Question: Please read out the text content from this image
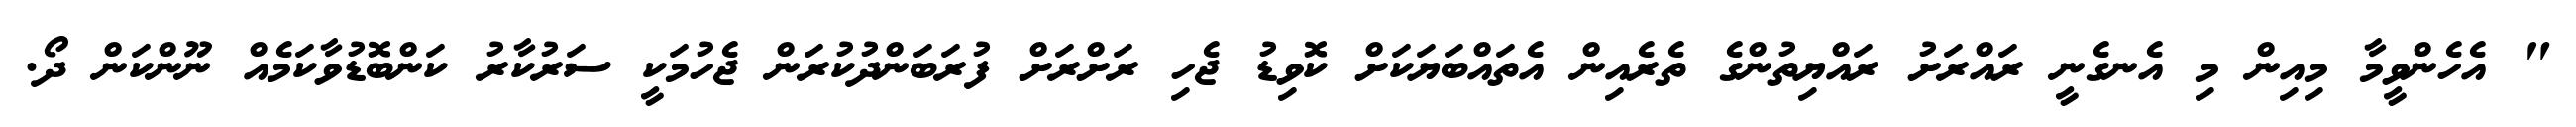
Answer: " އެހެންވީމާ މިއިން މި އެނގެނީ ރައްރަށު ރައްޔިތުންގެ ތެރެއިން އެތައްބަޔަކަށް ކޮވިޑު ޖެހި ރަށްރަށް ފުރަބަންދުކުރަން ޖެހުމަކީ ސަރުކާރު ކަންބޮޑުވާކަމެއް ނޫންކަން ދޯ.